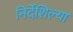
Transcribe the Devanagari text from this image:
निर्देशिल्या